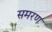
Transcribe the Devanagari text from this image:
समरण